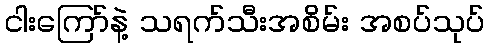
ငါးကြော်နဲ့ သရက်သီးအစိမ်း အစပ်သုပ်